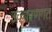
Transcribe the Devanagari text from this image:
उच्‍चारणगत